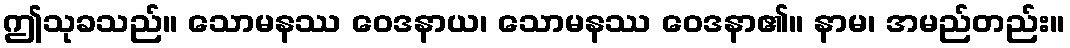
ဤသုခသည်။ သောမနဿ ဝေဒနာယ၊ သောမနဿ ဝေဒနာ၏။ နာမ၊ အမည်တည်း။